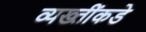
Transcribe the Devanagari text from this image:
व्यख्तींकडे